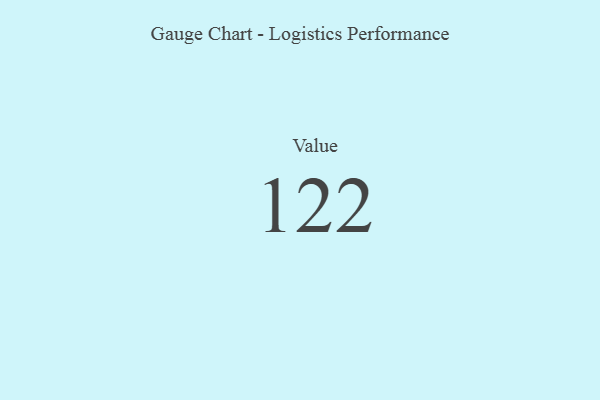
{"axis": {"x": "Metric", "y": "Value"}, "legend": [""], "data": [{"x": "Value", "y": 122, "type": ""}]}